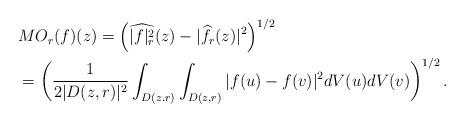
LaTeX: \begin{align*}&MO_r(f)(z)=\left(\widehat{|f|^2_r}(z)-|\widehat{f_r}(z)|^2\right)^{1/2}\\&=\left( \frac{1}{2|D(z,r)|^2} \int_{D(z.r)} \int_{D(z,r)} |f(u)-f(v)|^2 dV(u) dV(v)\right)^{1/2}.\end{align*}